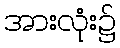
အားလုံး၌